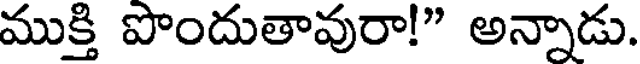
ముక్తి పొందుతావురా!" అన్నాడు.